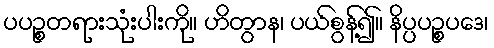
ပပဉ္စတရားသုံးပါးကို။ ဟိတွာန၊ ပယ်စွန့်၍။ နိပ္ပပဉ္စပဒေ၊